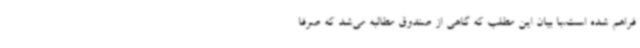
فراهم شده است،با بیان این مطلب که گاهی از صندوق مطالبه می‌شد که صرفاً